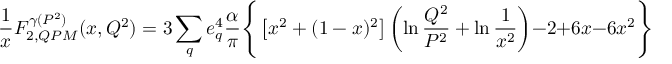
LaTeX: \frac { 1 } { x } F _ { 2 , Q P M } ^ { \gamma ( P ^ { 2 } ) } ( x , Q ^ { 2 } ) = 3 \sum _ { q } e _ { q } ^ { 4 } \frac { \alpha } { \pi } \Bigg \{ \left[ x ^ { 2 } + ( 1 - x ) ^ { 2 } \right] \left( \ln \frac { Q ^ { 2 } } { P ^ { 2 } } + \ln \frac { 1 } { x ^ { 2 } } \right) - 2 + 6 x - 6 x ^ { 2 } \Bigg \} \; \; .